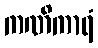
ကဏိကာရံ